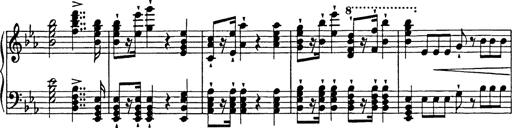
Title: Festmarsch zur SÃ¤cularfeier von Goethes Geburtstag
Composer: Franz Liszt